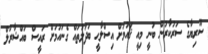
ސޫރިޔާގެ ސަރުކާރުން ބުނީ މިއީ ޤައުމަށް އިސްލާޙީ ބަދަލުތައް ގެނައުމަށް ރައީސް ބައްޝާރުލް